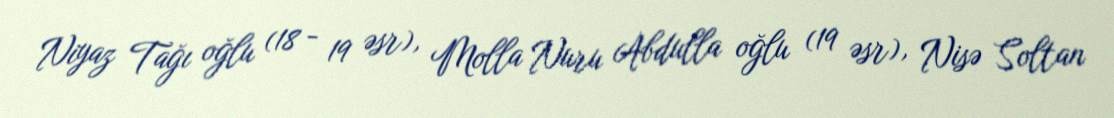
Niyaz Tağı oğlu (18 - 19 əsr), Molla Nuru Abdulla oğlu (19 əsr), Nisə Soltan